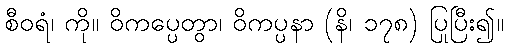
စီဝရံ၊ ကို။ ဝိကပ္ပေတွာ၊ ဝိကပ္ပနာ (နိ၊ ၁၇၈) ပြုပြီး၍။